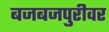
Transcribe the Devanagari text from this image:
बजबजपुरीवर